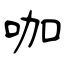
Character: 咖